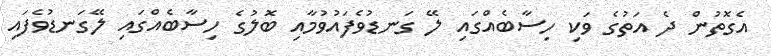
އެގޮތުން ދެ އަތުގެ ވަކި ހިސާބެއްގައި ލޭ ގަނޑުވެފައުވުމާއި ބޮލުގެ ހިސާބެއްގައި ލޭގަނޑުވެފައި